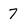
Character: 7